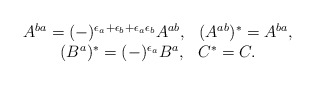
\begin{align*}\begin{array}{c}A^{ba}=(-)^{\epsilon_{a}+\epsilon_{b}+\epsilon_{a}\epsilon_{b}}A^{ab},\hspace{3mm}(A^{ab})^{*}=A^{ba},\\(B^{a})^{*}=(-)^{\epsilon_{a}}B^{a},\hspace{3mm}C^{*}=C.\end{array}\end{align*}